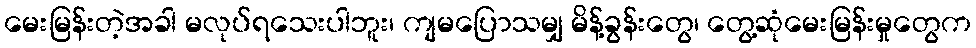
မေးမြန်းတဲ့အခါ မလုပ်ရသေးပါဘူး၊ ကျမပြောသမျှ မိန့်ခွန်းတွေ၊ တွေ့ဆုံမေးမြန်းမှုတွေက